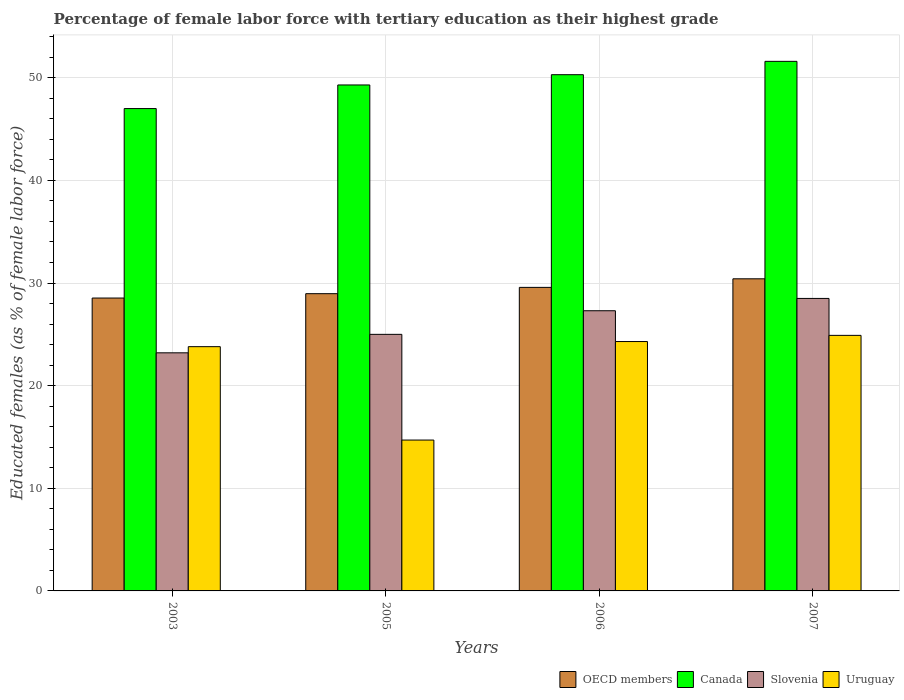
| Years | OECD members | Canada | Slovenia | Uruguay |
 | --- | --- | --- | --- | --- |
 | 2003 | 28.5 | 47 | 23.2 | 23.8 |
 | 2005 | 29 | 49.3 | 25 | 14.7 |
 | 2006 | 29.6 | 50.3 | 27.3 | 24.3 |
 | 2007 | 30.4 | 51.6 | 28.5 | 24.9 |